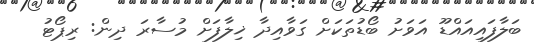
ބަލާފައިއައްޑޫ އަވަށު ބޯޑުތަކަށް ގަވާއިދާ ޚިލާފަށް މުސާރަ ދިން: ރިޕޯޓު